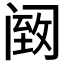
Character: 𫔵